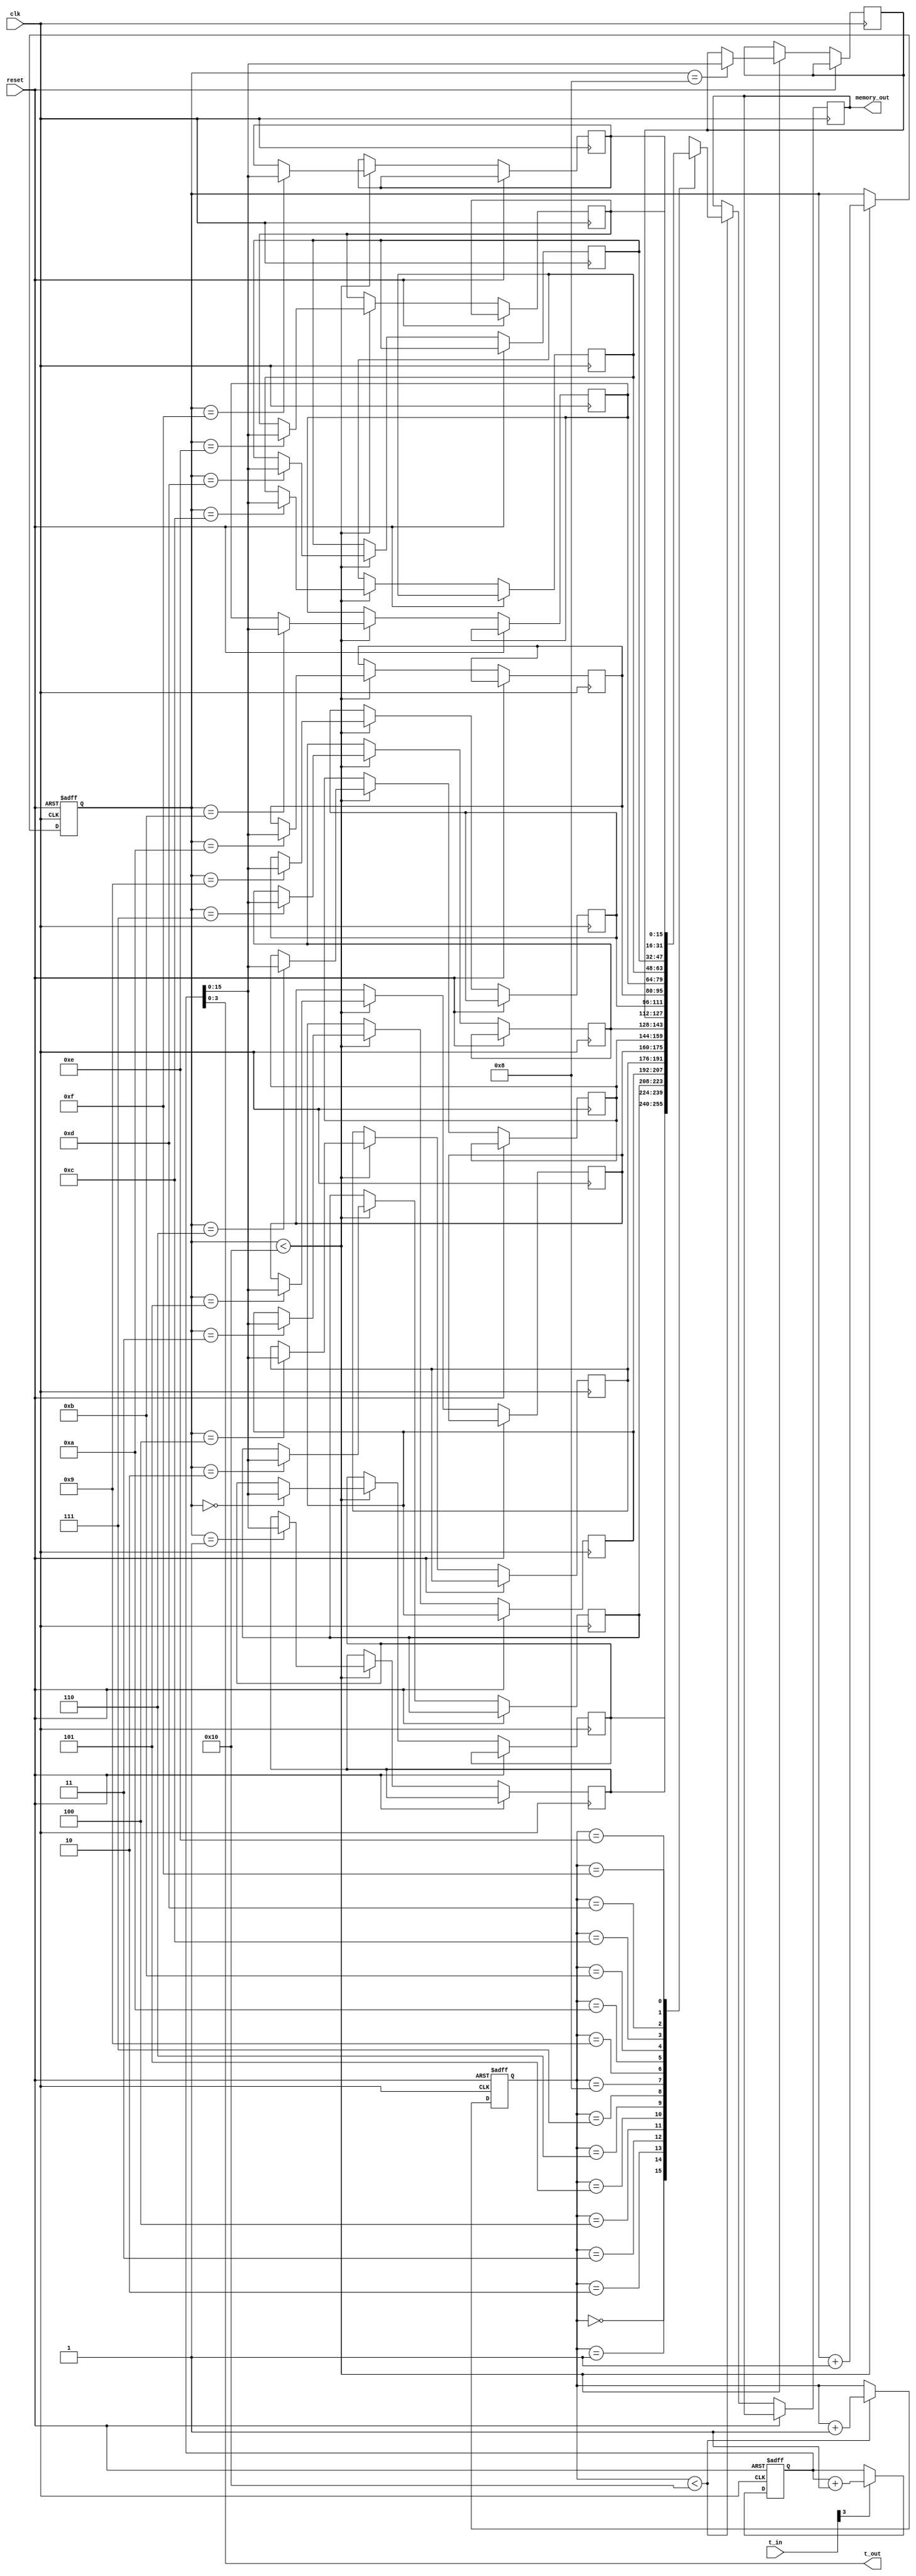
module TDC_TimedigitalConverter #(
    parameter NUM_CHANNELS = 4,       // Number of TDC units
    parameter MEMORY_DEPTH = 16,       // Depth of the memory blocks
    parameter CLOCK_FREQ = 100e6       // Clock frequency
)(
    input wire clk,                    // High-frequency clock
    input wire reset,                  // Reset signal
    input wire [NUM_CHANNELS-1:0] t_in, // Time input signals for each channel
    output wire [NUM_CHANNELS-1:0] t_out, // Time output signals
    output wire [MEMORY_DEPTH-1:0] memory_out // Memory output
);

// Internal signals
reg [31:0] time_measurements [0:NUM_CHANNELS-1]; // Time measurements for each channel
reg [MEMORY_DEPTH-1:0] memory [0:MEMORY_DEPTH-1]; // Memory blocks for storing time measurements
reg [3:0] write_pointer; // Pointer for writing to memory
reg [3:0] read_pointer;  // Pointer for reading from memory

// TDC Unit Logic
genvar i;
generate
    for (i = 0; i < NUM_CHANNELS; i = i + 1) begin : TDC_UNIT
        always @(posedge clk or posedge reset) begin
            if (reset) begin
                time_measurements[i] <= 0;
            end else if (t_in[i]) begin
                // Capture time measurement (simple counter example)
                time_measurements[i] <= time_measurements[i] + 1;
            end
        end
    end
endgenerate

// Memory Write Logic
always @(posedge clk or posedge reset) begin
    if (reset) begin
        write_pointer <= 0;
    end else begin
        // Store time measurements in memory
        if (write_pointer < MEMORY_DEPTH) begin
            memory[write_pointer] <= {time_measurements[0], time_measurements[1], time_measurements[2], time_measurements[3]};
            write_pointer <= write_pointer + 1;
        end
    end
end

// Memory Read Logic
always @(posedge clk or posedge reset) begin
    if (reset) begin
        read_pointer <= 0;
    end else begin
        // Example read from memory (for demonstration)
        if (read_pointer < MEMORY_DEPTH) begin
            memory_out <= memory[read_pointer];
            read_pointer <= read_pointer + 1;
        end
    end
end

// Output Time Measurements
assign t_out = {time_measurements[0], time_measurements[1], time_measurements[2], time_measurements[3]};

endmodule